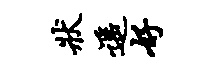
状遥好